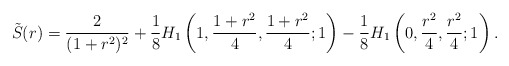
\begin{align*}\tilde{S}(r)=\frac{2}{(1+r^2)^2}+\frac 18 H_1\left(1,\frac {1+r^2}{4},\frac {1+r^2}{4};1\right)-\frac 18 H_1\left(0,\frac {r^2}{4},\frac {r^2}{4};1\right).\end{align*}